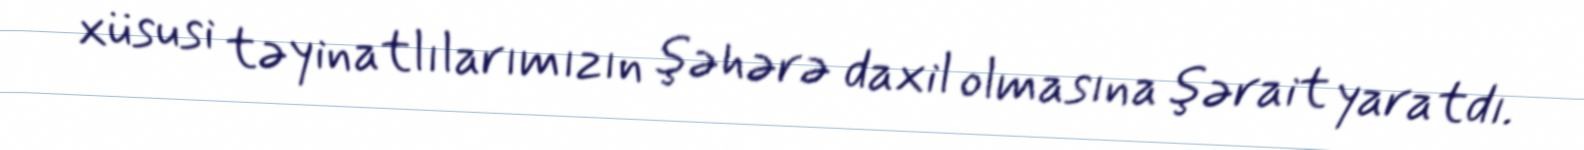
xüsusi təyinatlılarımızın şəhərə daxil olmasına şərait yaratdı.